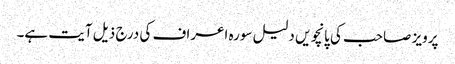
پرویز صاحب کی پانچویں دلیل سورہ اعراف کی درج ذیل آیت ہے۔